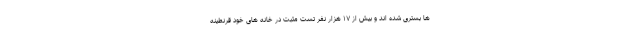
ها بستری شده اند و بیش از ۱۷ هزار نفر تست مثبت در خانه های خود قرنطینه